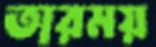
তারময়